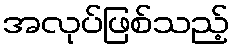
အလုပ်ဖြစ်သည့်